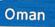
oman